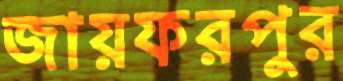
জায়ফরপুর